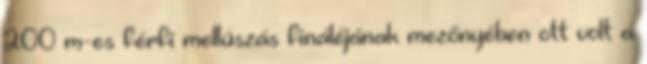
200 m-es férfi mellúszás fináléjának mezőnyében ott volt a